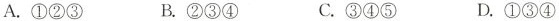
A.①②③ B.②③④ C.③④⑤ D.①③④